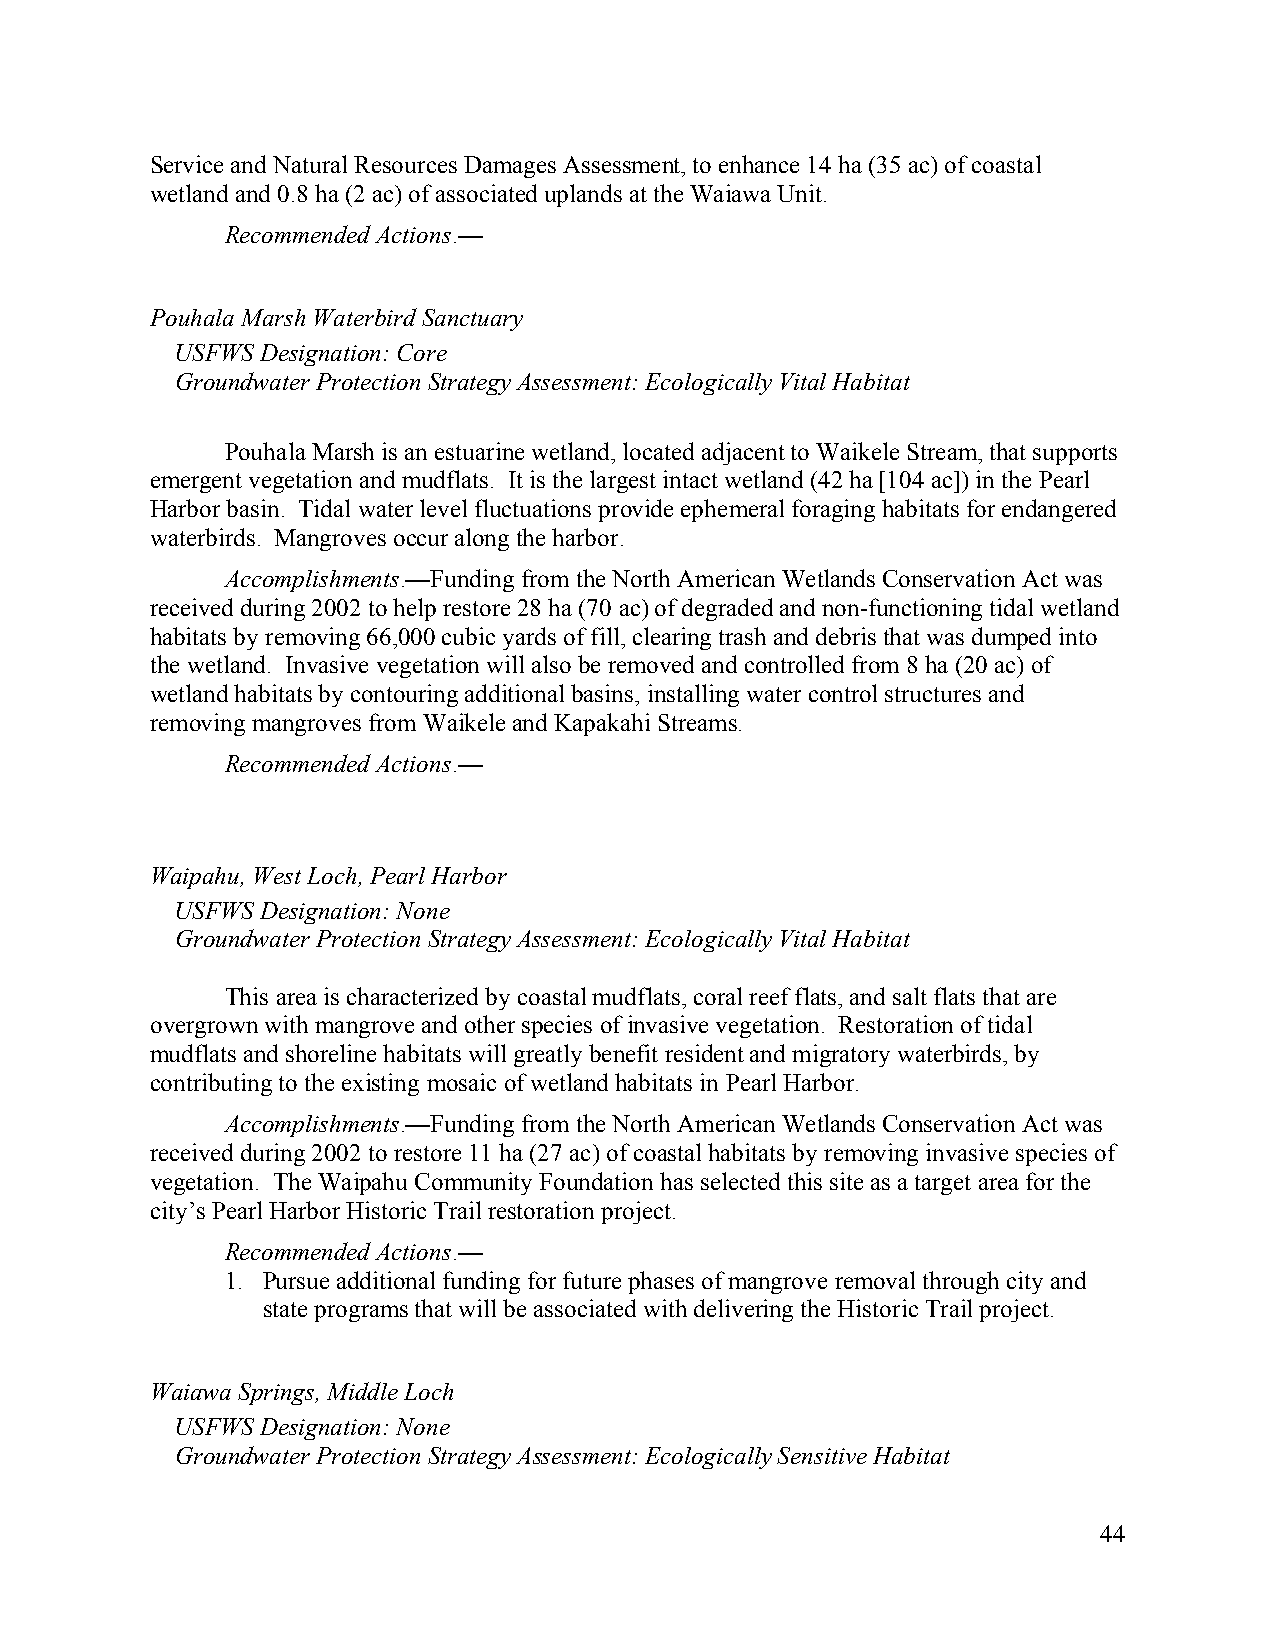
Service and Natural Resources Damages Assessment, to enhance 14 ha (35 ac) of coastal
 wetland and 0.8 ha (2 ac) of associated uplands at the Waiawa Unit.
 Recommended Actions.—
 Pouhala Marsh Waterbird Sanctuary
 USFWS Designation: Core
 Groundwater Protection Strategy Assessment: Ecologically Vital Habitat
 Pouhala Marsh is an estuarine wetland, located adjacent to Waikele Stream, that supports
 emergent vegetation and mudflats. It is the largest intact wetland (42 ha [104 ac]) in the Pearl
 Harbor basin. Tidal water level fluctuations provide ephemeral foraging habitats for endangered
 waterbirds. Mangroves occur along the harbor.
 Accomplishments.—Funding from the North American Wetlands Conservation Act was
 received during 2002 to help restore 28 ha (70 ac) of degraded and non-functioning tidal wetland
 habitats by removing 66,000 cubic yards of fill, clearing trash and debris that was dumped into
 the wetland. Invasive vegetation will also be removed and controlled from 8 ha (20 ac) of
 wetland habitats by contouring additional basins, installing water control structures and
 removing mangroves from Waikele and Kapakahi Streams.
 Recommended Actions.—
 Waipahu, West Loch, Pearl Harbor
 USFWS Designation: None
 Groundwater Protection Strategy Assessment: Ecologically Vital Habitat
 This area is characterized by coastal mudflats, coral reef flats, and salt flats that are
 overgrown with mangrove and other species of invasive vegetation. Restoration of tidal
 mudflats and shoreline habitats will greatly benefit resident and migratory waterbirds, by
 contributing to the existing mosaic of wetland habitats in Pearl Harbor.
 Accomplishments.—Funding from the North American Wetlands Conservation Act was
 received during 2002 to restore 11 ha (27 ac) of coastal habitats by removing invasive species of
 vegetation. The Waipahu Community Foundation has selected this site as a target area for the
 city’s Pearl Harbor Historic Trail restoration project.
 Recommended Actions.—
 1. Pursue additional funding for future phases of mangrove removal through city and
 state programs that will be associated with delivering the Historic Trail project.
 Waiawa Springs, Middle Loch
 USFWS Designation: None
 Groundwater Protection Strategy Assessment: Ecologically Sensitive Habitat
 44